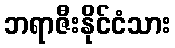
ဘရာဇီးနိုင်ငံသား